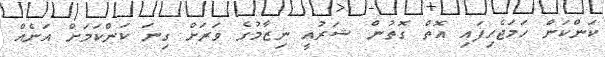
ކަންކަން ހަމަޖެހިފައި އޮތް ގޮތުން ޝަރުއީ ނިޒާމުގެ ވަރަށް ގިނަ ކަންކަމަށް އަނެއް